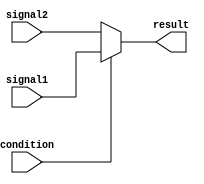
module if_else_statement (
    input wire condition,
    input wire signal1,
    input wire signal2,
    output reg result
);

always @* begin
    if (condition) begin
        result = signal1;
    end else begin
        result = signal2;
    end
end

endmodule